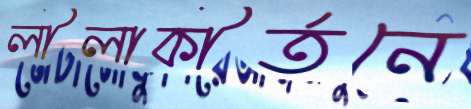
লীলাকীর্তনে